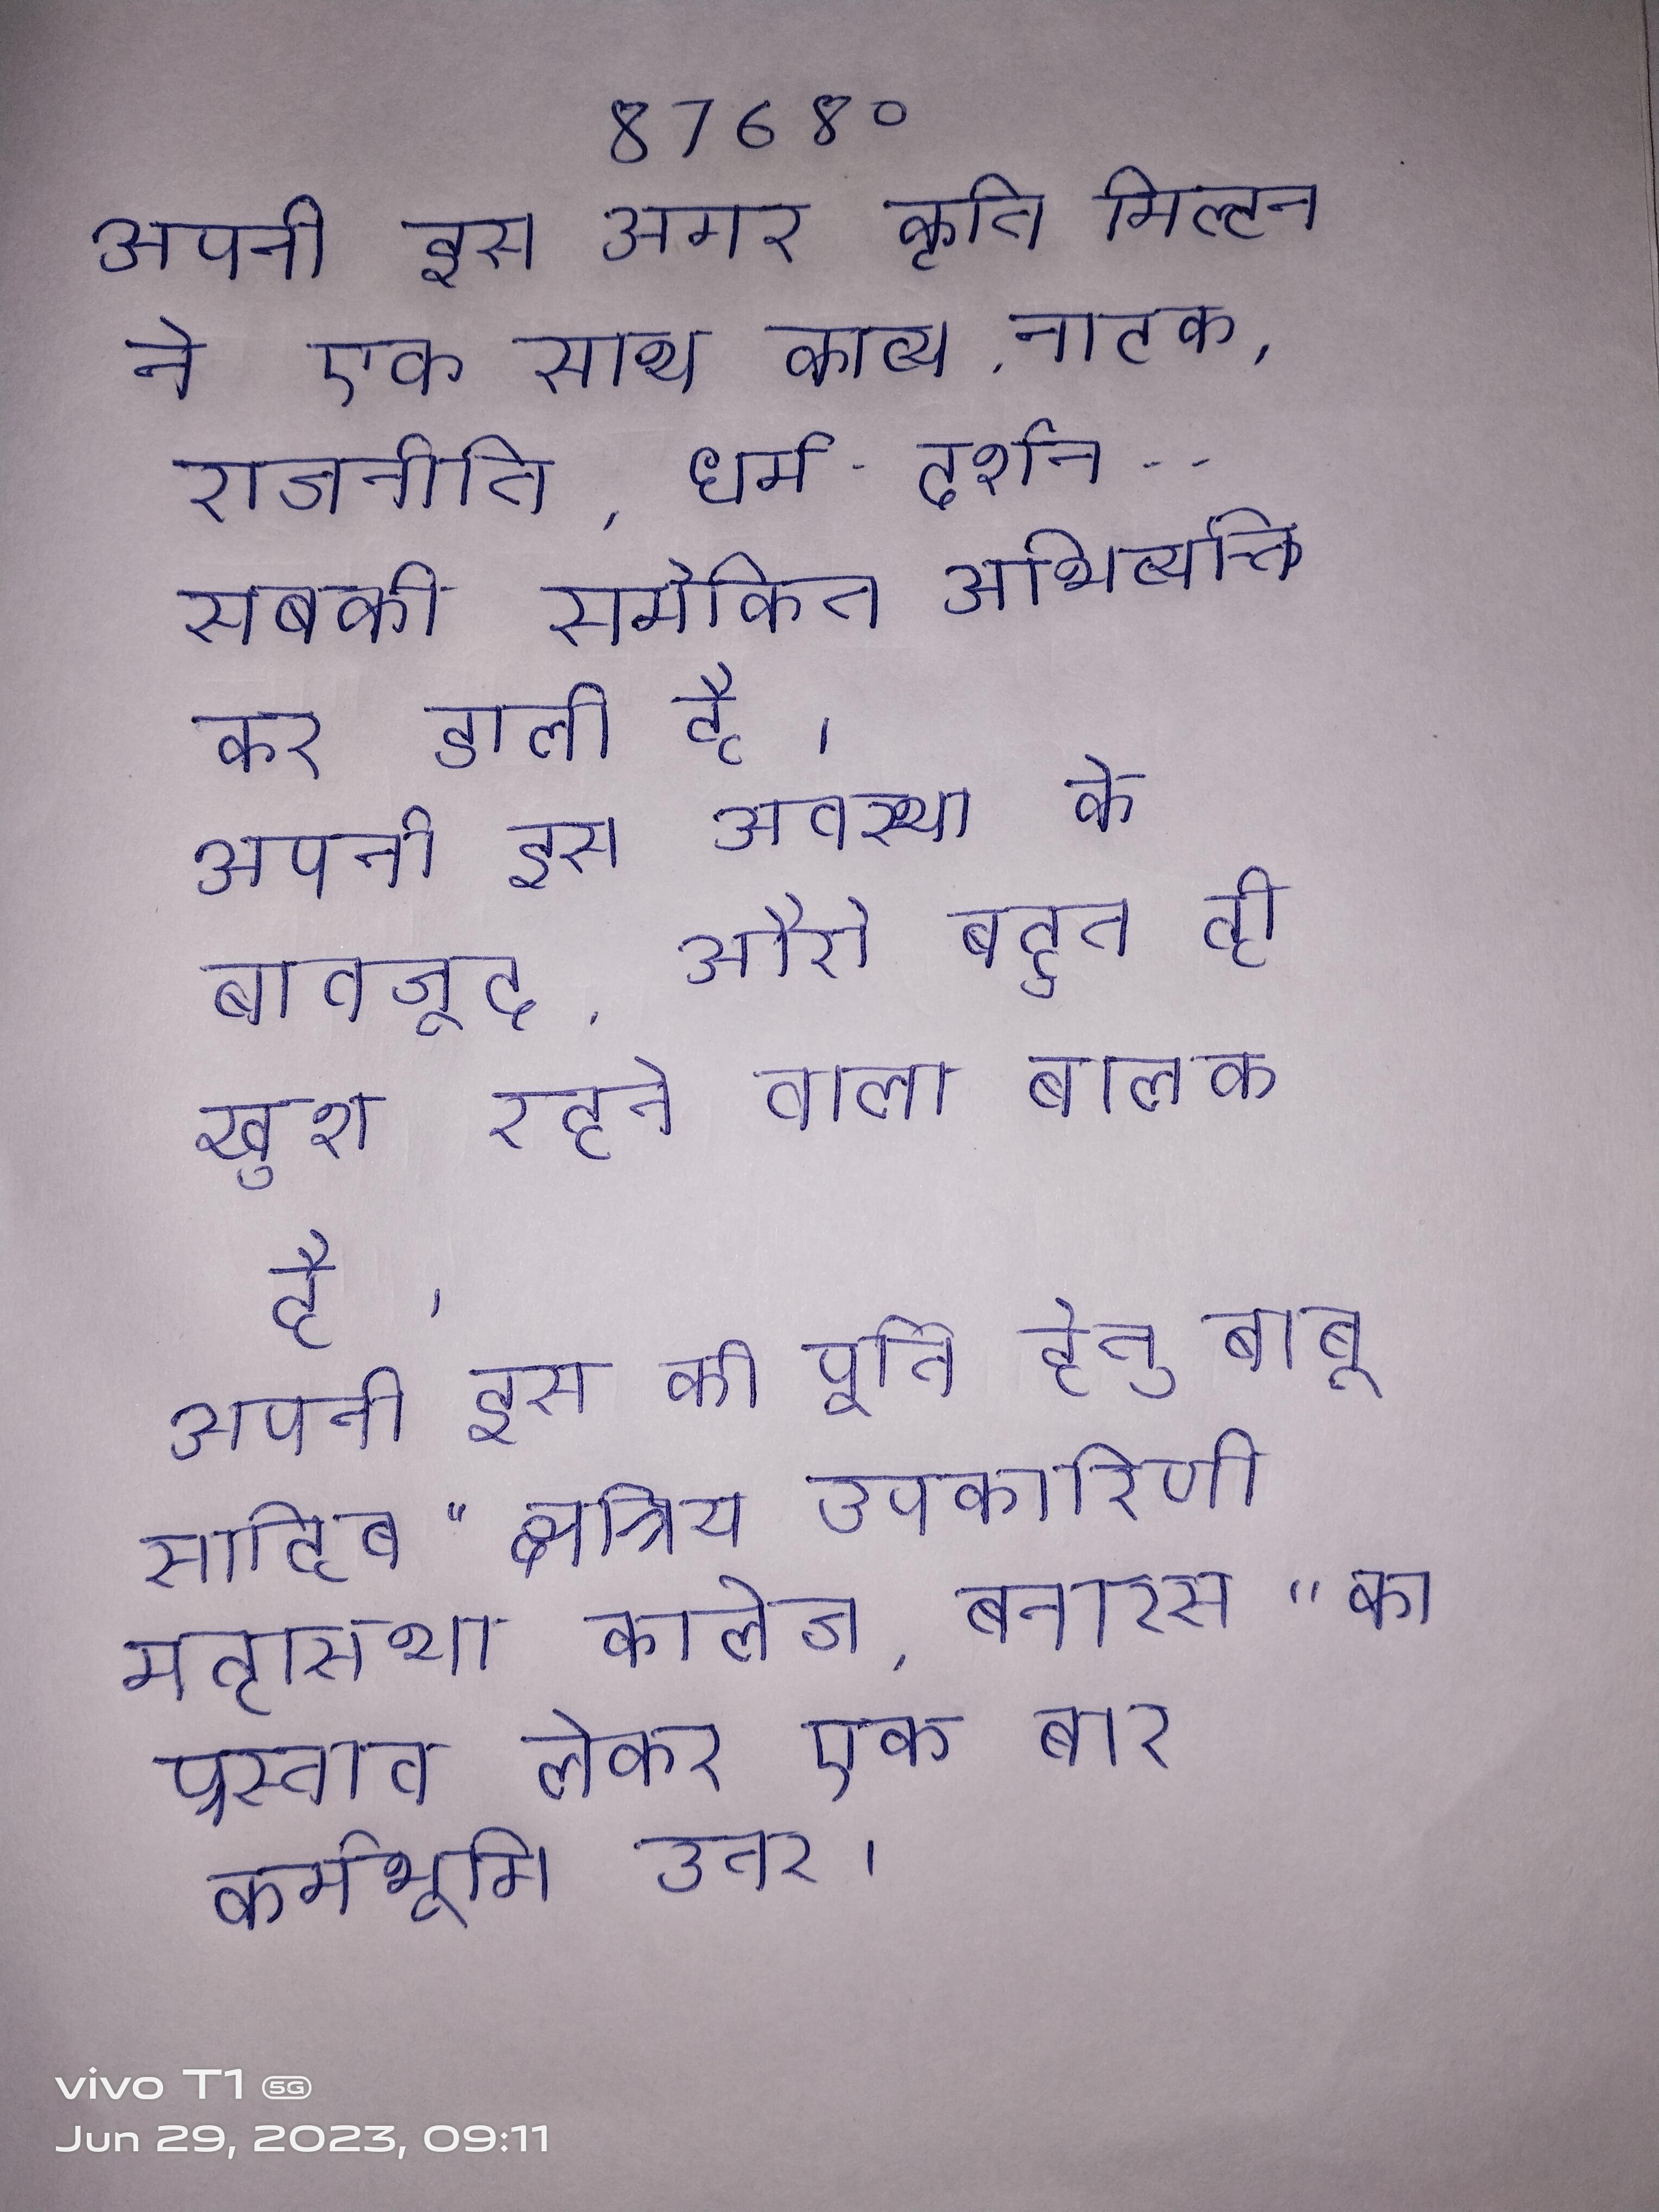
अपनी इस अमर कृति मिल्टन ने एक साथ काव्य, नाटक, राजनीति, धर्म-दर्शन -- सबकी समेकित अभिव्यक्ति कर डाली है । अपनी इस अवस्था के बावजूद, औरो बहुत ही खुश रहने वाला बालक है । अपनी इस की पूर्ति हेतु बाबू साहिब "क्षत्रिय उपकारिणी महासभा कालेज, बनारस" का प्रस्ताव लेकर एक बार कर्मभूमि उतर ।